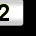
Digit: 2